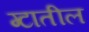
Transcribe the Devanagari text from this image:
ग्टातील